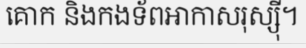
គោក និងកងទ័ពអាកាសរុស្ស៊ី។